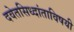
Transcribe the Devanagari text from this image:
दवेतसिध्दांताविषयी